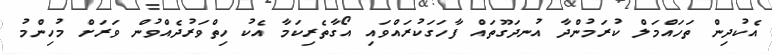
އެކުދިން ތަހައްމަލް ކުރަމުންދާ އުނދަގޫތައް ފާހަގަކުރައްވައި އޯގާތެރިކަމާ އެކު ހިތްވަރުދެއްވުން ވަރަށް މުހިންމު